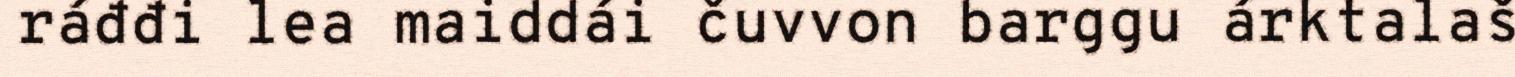
ráđđi lea maiddái čuvvon barggu árktalaš